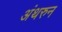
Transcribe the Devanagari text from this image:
अंथरुन